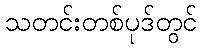
သတင်းတစ်ပုဒ်တွင်